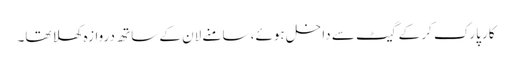
کار پارک کر کے گیٹ سے داخل ہوئے، سامنے لان کے ساتھ دروازہ کھلا تھا۔